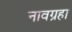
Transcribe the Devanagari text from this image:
नावग्रहा